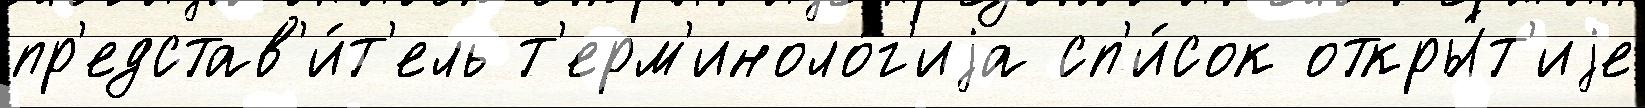
пр'едстав'и́т'ель т'ерм'иноло́г'иjа сп'и́сок откры́т'иjе